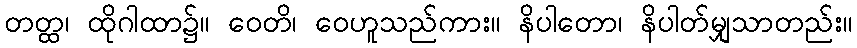
တတ္ထ၊ ထိုဂါထာ၌။ ဝေတိ၊ ဝေဟူသည်ကား။ နိပါတော၊ နိပါတ်မျှသာတည်း။